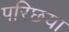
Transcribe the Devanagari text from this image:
परिछया